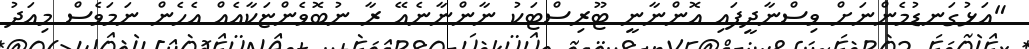
"އަޅުގަނޑުމެންނަށް ވިސްނާދީފައި އޮންނާނީ ޓޫރިސްޓަކު ނާންނާނެއޭ ރާ ނުބޮވެންޏަކާއެއް އެހެން ނަމަވެސް މިއަދު